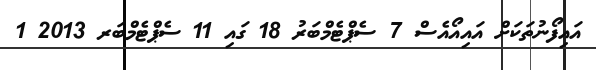
އައިފޯނުތަކަށް އައިއޯއެސް 7 ސެޕްޓެމްބަރު 18 ގައި 11 ސެޕްޓެމްބަރ 2013 1